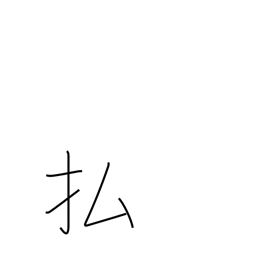
Meaning: prune